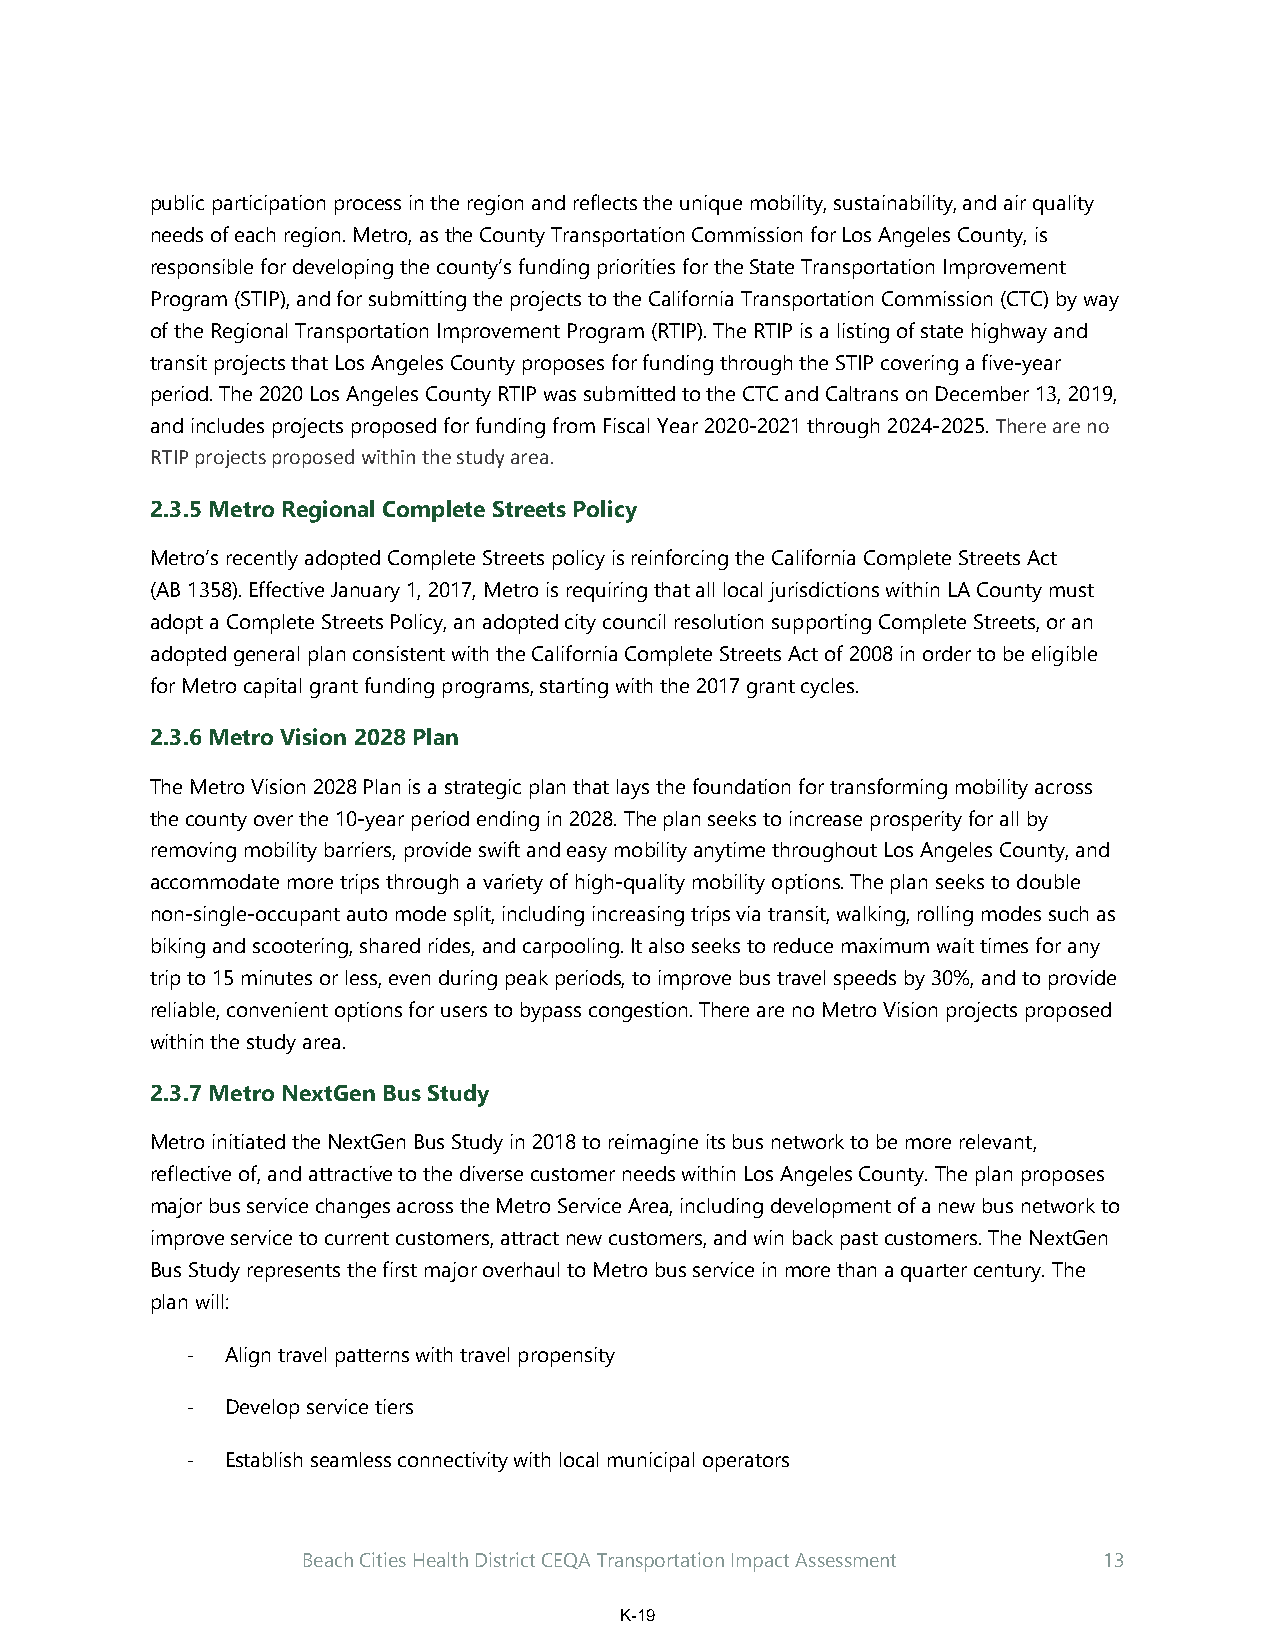
public participation process in the region and reflects the unique mobility, sustainability, and air quality
 needs of each region. Metro, as the County Transportation Commission for Los Angeles County, is
 responsible for developing the county’s funding priorities for the State Transportation Improvement
 Program (STIP), and for submitting the projects to the California Transportation Commission (CTC) by way
 of the Regional Transportation Improvement Program (RTIP). The RTIP is a listing of state highway and
 transit projects that Los Angeles County proposes for funding through the STIP covering a five-year
 period. The 2020 Los Angeles County RTIP was submitted to the CTC and Caltrans on December 13, 2019,
 and includes projects proposed for funding from Fiscal Year 2020-2021 through 2024-2025. There are no
 RTIP projects proposed within the study area.
 2.3.5 Metro Regional Complete Streets Policy
 Metro’s recently adopted Complete Streets policy is reinforcing the California Complete Streets Act
 (AB 1358). Effective January 1, 2017, Metro is requiring that all local jurisdictions within LA County must
 adopt a Complete Streets Policy, an adopted city council resolution supporting Complete Streets, or an
 adopted general plan consistent with the California Complete Streets Act of 2008 in order to be eligible
 for Metro capital grant funding programs, starting with the 2017 grant cycles.
 2.3.6 Metro Vision 2028 Plan
 The Metro Vision 2028 Plan is a strategic plan that lays the foundation for transforming mobility across
 the county over the 10-year period ending in 2028. The plan seeks to increase prosperity for all by
 removing mobility barriers, provide swift and easy mobility anytime throughout Los Angeles County, and
 accommodate more trips through a variety of high-quality mobility options. The plan seeks to double
 non-single-occupant auto mode split, including increasing trips via transit, walking, rolling modes such as
 biking and scootering, shared rides, and carpooling. It also seeks to reduce maximum wait times for any
 trip to 15 minutes or less, even during peak periods, to improve bus travel speeds by 30%, and to provide
 reliable, convenient options for users to bypass congestion. There are no Metro Vision projects proposed
 within the study area.
 2.3.7 Metro NextGen Bus Study
 Metro initiated the NextGen Bus Study in 2018 to reimagine its bus network to be more relevant,
 reflective of, and attractive to the diverse customer needs within Los Angeles County. The plan proposes
 major bus service changes across the Metro Service Area, including development of a new bus network to
 improve service to current customers, attract new customers, and win back past customers. The NextGen
 Bus Study represents the first major overhaul to Metro bus service in more than a quarter century. The
 plan will:
 ‐  Align travel patterns with travel propensity
 ‐  Develop service tiers
 ‐  Establish seamless connectivity with local municipal operators
 Beach Cities Health District CEQA Transportation Impact Assessment 13
 K-19